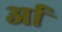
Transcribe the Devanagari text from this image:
र्आ